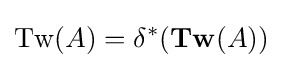
\operatorname {Tw} (A)=\delta ^{*}(\mathbf {Tw} (A))